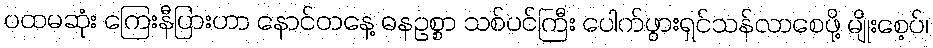
ပထမဆုံး ကြေးနီပြားဟာ နောင်တနေ့ ဓနဥစ္စာ သစ်ပင်ကြီး ပေါက်ဖွားရှင်သန်လာစေဖို့ မျိုးစေ့ပ်၊